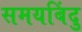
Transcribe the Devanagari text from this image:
समयबिंदु